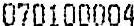
070100004